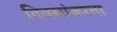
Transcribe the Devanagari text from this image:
दिवसांकरता